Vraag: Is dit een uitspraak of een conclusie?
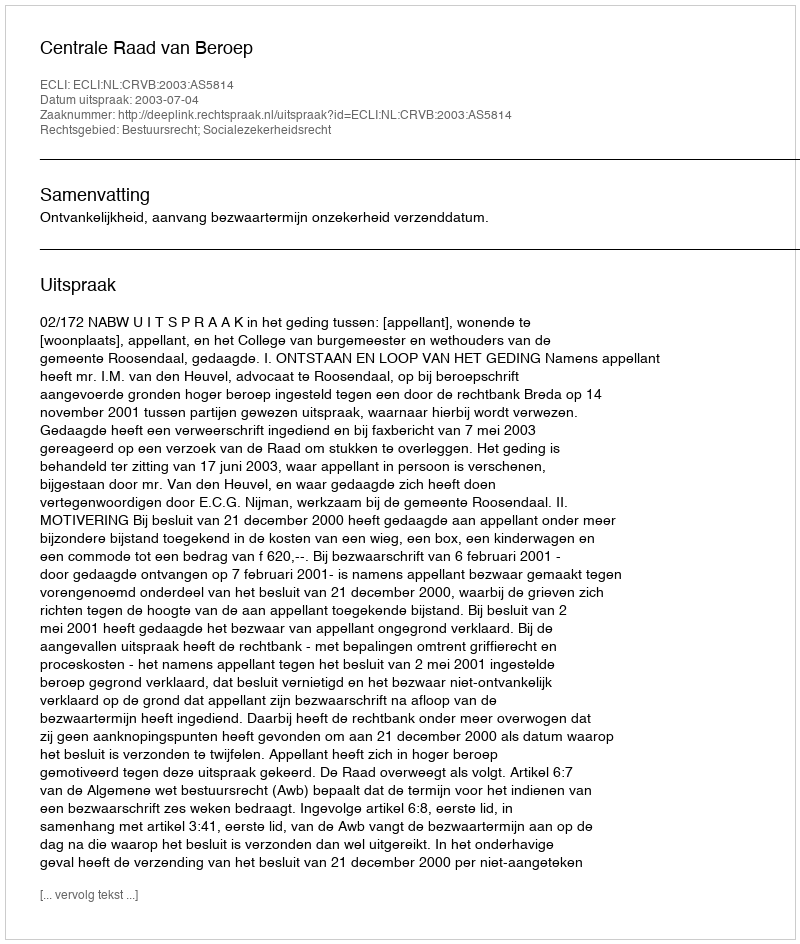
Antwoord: Uitspraak